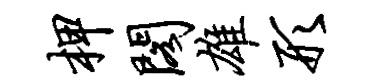
柙阁雄形